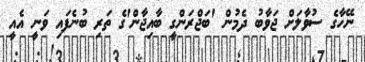
ނޭހާގެ ސުވާލަށް ޖަވާބު ދެމުން 'ބަޖްރަންގީ ބާއިޖާން'ގެ ތަރި ބުނެފައި ވަނީ އެއީ